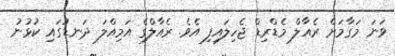
ވަނަ މަގާމަށް ރެއާލް މެޑްރިޑް ޖެހިލައިފި އެވެ. ރެއާލްގެ އަމިއްލަ ދަނޑުގައި ކުޅުނު